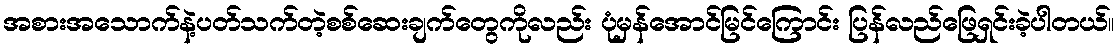
အစားအသောက်နဲ့ပတ်သက်တဲ့စစ်ဆေးချက်တွေကိုလည်း ပုံမှန်အောင်မြင်ကြောင်း ပြန်လည်ဖြေရှင်းခဲ့ပါတယ်။